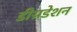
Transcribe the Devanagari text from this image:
डीग्रडेशन